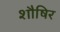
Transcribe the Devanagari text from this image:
शौषिर